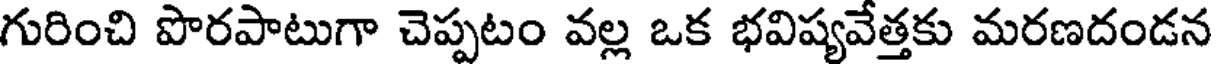
గురించి పొరపాటుగా చెప్పటం వల్ల ఒక భవిష్యవేత్తకు మరణదండన